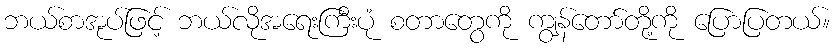
ဘယ်စာအုပ်ဖြင့် ဘယ်လိုအရေးကြီးပုံ စတာတွေကို ကျွန်တော်တို့ကို ပြောပြတယ်။